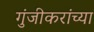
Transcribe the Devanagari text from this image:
गुंजीकरांच्या